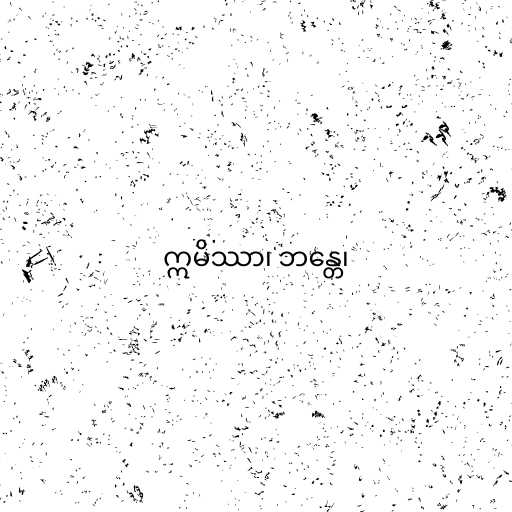
ဣမိဿာ၊ ဘန္တေ၊